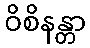
ဝိစိနန္တာ